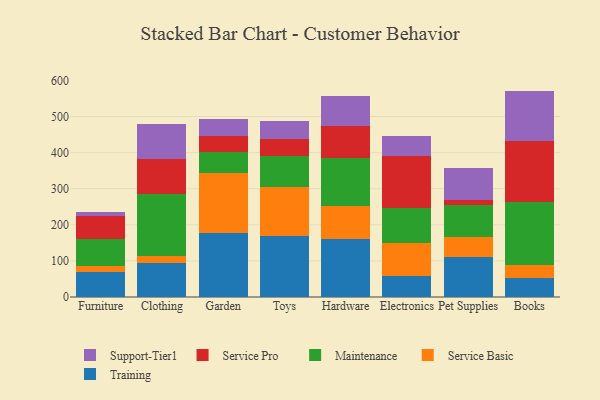
{"axis": {"x": "Category", "y": "Customer Acquisition Cost (USD)"}, "legend": ["Maintenance", "Service Basic", "Service Pro", "Support-Tier1", "Training"], "data": [{"x": "Furniture", "y": 70.3, "type": "Training"}, {"x": "Furniture", "y": 14.9, "type": "Service Basic"}, {"x": "Furniture", "y": 75.8, "type": "Maintenance"}, {"x": "Furniture", "y": 63.7, "type": "Service Pro"}, {"x": "Furniture", "y": 11.5, "type": "Support-Tier1"}, {"x": "Clothing", "y": 93.2, "type": "Training"}, {"x": "Clothing", "y": 21.4, "type": "Service Basic"}, {"x": "Clothing", "y": 169.9, "type": "Maintenance"}, {"x": "Clothing", "y": 97.0, "type": "Service Pro"}, {"x": "Clothing", "y": 98.2, "type": "Support-Tier1"}, {"x": "Garden", "y": 178.7, "type": "Training"}, {"x": "Garden", "y": 163.8, "type": "Service Basic"}, {"x": "Garden", "y": 59.2, "type": "Maintenance"}, {"x": "Garden", "y": 44.5, "type": "Service Pro"}, {"x": "Garden", "y": 47.2, "type": "Support-Tier1"}, {"x": "Toys", "y": 169.2, "type": "Training"}, {"x": "Toys", "y": 135.3, "type": "Service Basic"}, {"x": "Toys", "y": 85.7, "type": "Maintenance"}, {"x": "Toys", "y": 47.7, "type": "Service Pro"}, {"x": "Toys", "y": 50.0, "type": "Support-Tier1"}, {"x": "Hardware", "y": 162.0, "type": "Training"}, {"x": "Hardware", "y": 90.1, "type": "Service Basic"}, {"x": "Hardware", "y": 133.9, "type": "Maintenance"}, {"x": "Hardware", "y": 86.8, "type": "Service Pro"}, {"x": "Hardware", "y": 82.8, "type": "Support-Tier1"}, {"x": "Electronics", "y": 58.4, "type": "Training"}, {"x": "Electronics", "y": 92.6, "type": "Service Basic"}, {"x": "Electronics", "y": 96.2, "type": "Maintenance"}, {"x": "Electronics", "y": 144.3, "type": "Service Pro"}, {"x": "Electronics", "y": 54.4, "type": "Support-Tier1"}, {"x": "Pet Supplies", "y": 110.0, "type": "Training"}, {"x": "Pet Supplies", "y": 56.6, "type": "Service Basic"}, {"x": "Pet Supplies", "y": 89.5, "type": "Maintenance"}, {"x": "Pet Supplies", "y": 11.8, "type": "Service Pro"}, {"x": "Pet Supplies", "y": 90.9, "type": "Support-Tier1"}, {"x": "Books", "y": 53.1, "type": "Training"}, {"x": "Books", "y": 36.8, "type": "Service Basic"}, {"x": "Books", "y": 173.6, "type": "Maintenance"}, {"x": "Books", "y": 167.4, "type": "Service Pro"}, {"x": "Books", "y": 140.3, "type": "Support-Tier1"}]}